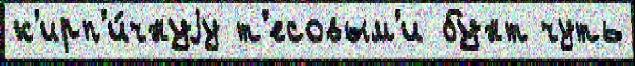
к'ирп'и́чнуjу т'есовым'и бунт чуть